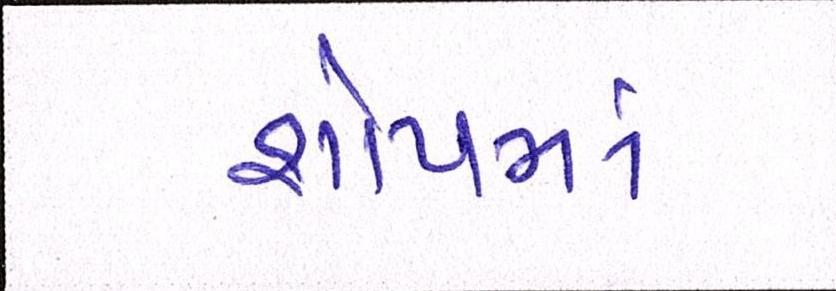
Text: શોપમાં